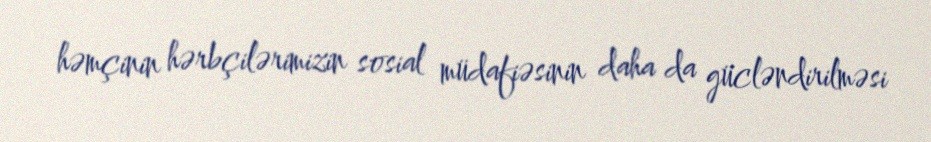
həmçinin hərbçilərimizin sosial müdafiəsinin daha da gücləndirilməsi